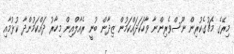
މިރޭގެ މެޗުގެކުރިން ނޫސްވެރިންނާ ވާހަކަދައްކަމުން ޒިދާން ބުނީ ރެއާލްއިން މިހާރު ދައްކަމުންދާ ކުޅުމާއި